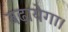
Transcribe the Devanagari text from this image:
बढ़ायेगा।